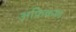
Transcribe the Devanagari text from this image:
अफ्रिकण